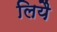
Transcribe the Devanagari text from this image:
लियै